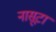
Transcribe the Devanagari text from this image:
नासूटा